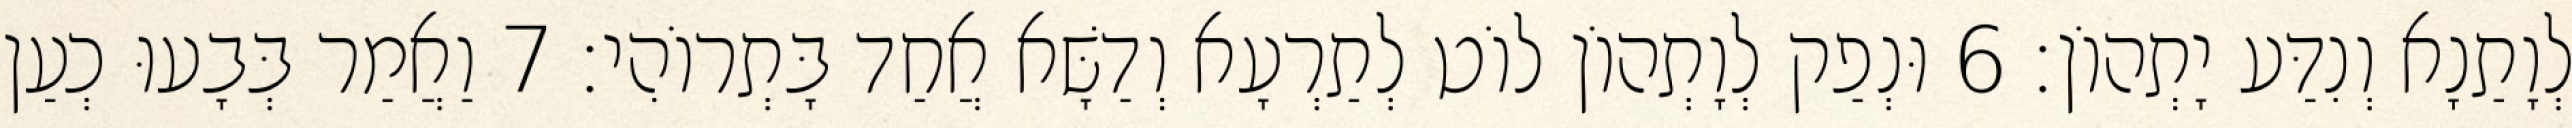
לְוָתַנָא וְנִדַּע יָתְהוֹן׃ 6 וּנְפַק לְוָתְהוֹן לוֹט לְתַרְעָא וְדַשָּׁא אֲחַד בָּתְרוֹהִי׃ 7 וַאֲמַר בְּבָעוּ כְעַן